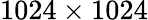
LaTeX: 1024\times 1024